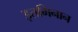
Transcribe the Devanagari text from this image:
इतमिनान